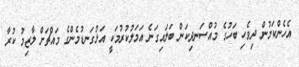
އެހެންކަމުން ދިވެހި ބަހުގެ މުއްސަނދިކަން ބަލައިގަނެ އަމަލުކުރުމަކީ އަޅުގަނޑުމެންގެ މައްޗަށް ލާޒިމު ކުރާ